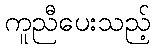
ကူညီပေးသည့်